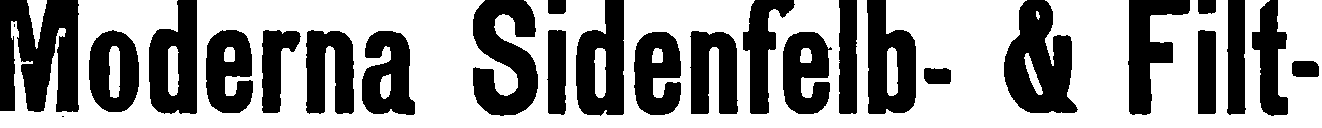
Moderna Sidenfelb- & Filt-